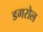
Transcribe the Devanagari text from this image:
डगरोल